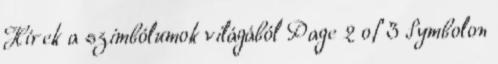
Hírek a szimbólumok világából Page 2 of 3 Symbolon